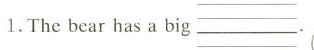
1.The bear has a big_.